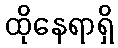
ထိုနေရာရှိ